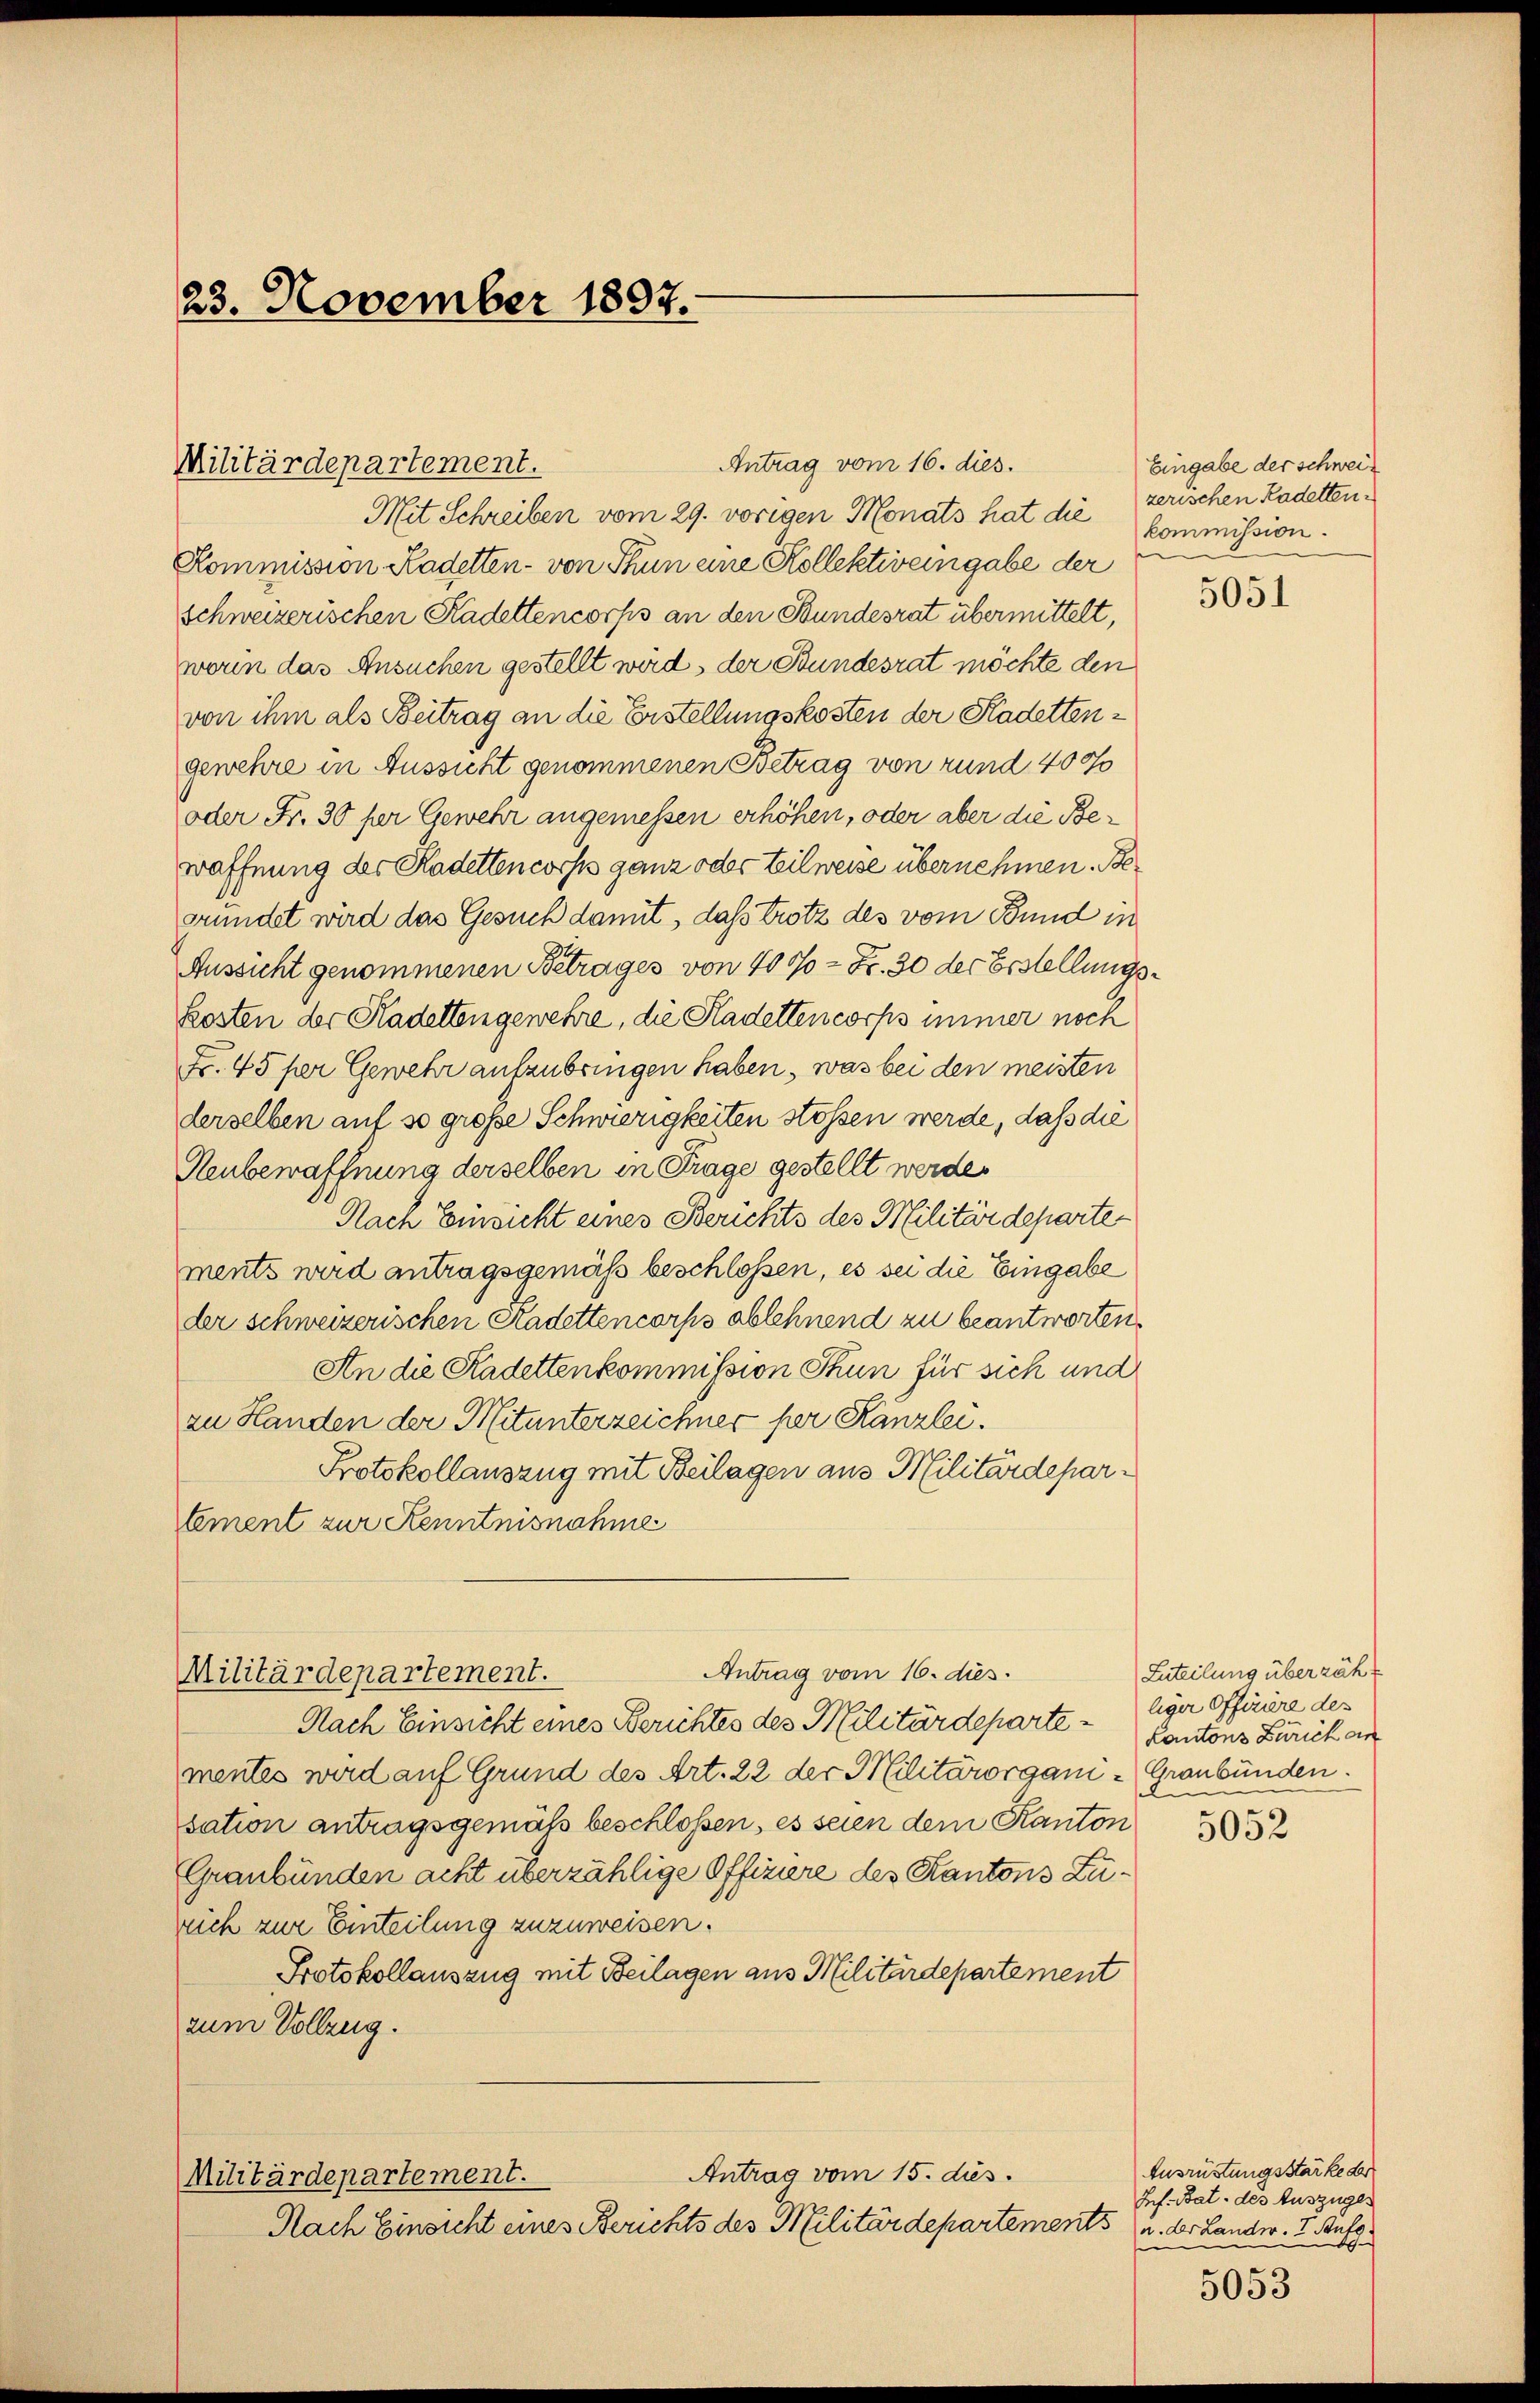
23. November 1897.

Militärdepartement.

Antrag vom 16. dies.
Militärdepartement.

Mit Schreiben vom 29. vorigen Monats hat die
Kommission Kadetten - von Thun eine Kollektiv eingabe der
schweizerischen Kadettencorps an den Bundesrat übermittelt,
worin das Ansuchen gestellt wird, der Stundesrat möchte den
von ihm als Beitrag an die Erstellungskosten der Kadettengewehre in Aussicht genommenen Betrag von rund 400
oder Fr. 30 per Gewehr angemessen erhöhen, oder aber die Bewaffnung des Kadettencorps ganz oder Eilweise übernehmen. Begründet wird das Gesuch damit, dass trotz des vom Bund in
Aussicht genommenen Betrages von 40% = Fr. 30 der Erstellungskosten der Kadettengewehre, die Kadettencorps immer noch
Fr. 45 per Gewehr aufzubringen haben, was bei den meisten
derselben auf so große Schwierigkeiten stössen werde, daß die
Heubewaffnung derselben in Frage gestellt werde.
Nach Einsicht eines Berichts des Militärdepartements wird antragsgemäß beschlossen, es sei die Eingabe
der schweizerischen Kadettencorps ablehnend zu beantworten,
An die Kadettenkommission Thun für sich und
zu Handen der Mitunterzeichner per Kanzlei.
Protokollauszug mit Beilagen aus Militärdepartement zur Kenntnisnahme

Antrag vom 16. dies.

Nach Einsicht eines Berichtes des Militärdepartementes wird auf Grund des Art. 22 der Militärorgani - Graubünden.
sation antragsgemäß beschloßen, es seien dem Kanton
Graubünden acht überzählige Offiziere des Kantons Zurich zur Einteilung zuzuweisen.
Protokollauszug mit Beilagen aus Militärdepartement
zum Vollzug.
Antrag vom 15. dies
Militärdepartement.
Nach Einsicht eines Berichts des Militärdepartements u. der Lander. I. Aufg.

Eingabe der schweizerischen Kadetten.
kommission.
.

5051

Euteilung überzäh
liger Offiziere des
Kantons Zürich an

5052

Ausrüstungsstärke der
Jes. Bat. des Auszüger

5053